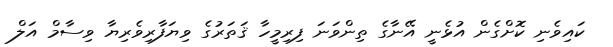
ކައިވެނި ކޮށްގެން އުޅެނީ އޭނާގެ ތިންވަނަ ފިރިމީހާ ޤަތަރުގެ ވިޔަފާރިވެރިޔާ ވިސާމް އަލް